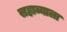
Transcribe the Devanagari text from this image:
सहाव्याला